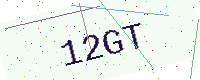
Text: 12GT